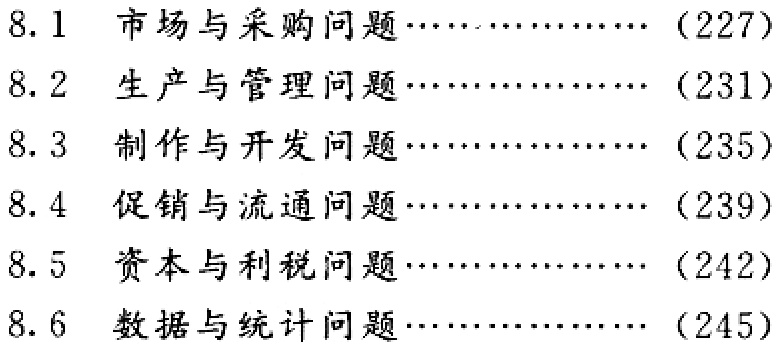
\begin{enumerate}

\item[8.1] 市场与采购问题\hfill (227)

\item[8.2] 生产与管理问题\hfill (231)

\item[8.3] 制作与开发问题\hfill (235)

\item[8.4] 促销与流通问题\hfill (239)

\item[8.5] 资本与利税问题\hfill (242)

\item[8.6] 数据与统计问题\hfill (245)

\end{enumerate}